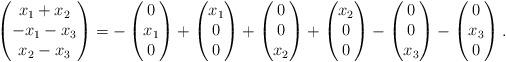
LaTeX: \begin{align*}\begin{pmatrix} x_1+x_2\\ -x_1-x_3\\ x_2-x_3\end{pmatrix}=-\begin{pmatrix} 0\\ x_1\\ 0\end{pmatrix}+\begin{pmatrix} x_1\\ 0\\ 0\end{pmatrix}+\begin{pmatrix} 0\\ 0\\ x_2\end{pmatrix}+\begin{pmatrix} x_2\\ 0\\ 0\end{pmatrix}-\begin{pmatrix} 0\\ 0\\ x_3\end{pmatrix}-\begin{pmatrix} 0\\ x_3\\ 0\end{pmatrix}.\end{align*}